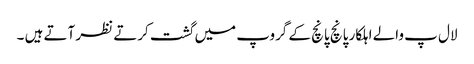
لال پ والے اہلکار پانچ پانچ کے گروپ میں گشت کرتے نظر آتے ہیں ۔